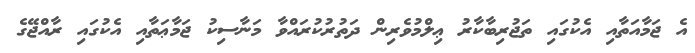
އެ ޖަމާއަތާއި އެކުގައި ތަޖުރިބާކާރު ޢިލްމުވެރިން ދަތުރުކުރައްވާ މަނާސިކު ޖަމާޢަތާއި އެކުގައި ރާއްޖޭގެ